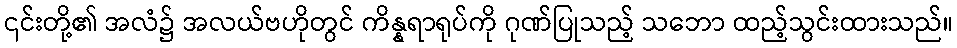
၎င်းတို့၏ အလံ၌ အလယ်ဗဟိုတွင် ကိန္နရာရုပ်ကို ဂုဏ်ပြုသည့် သဘော ထည့်သွင်းထားသည်။